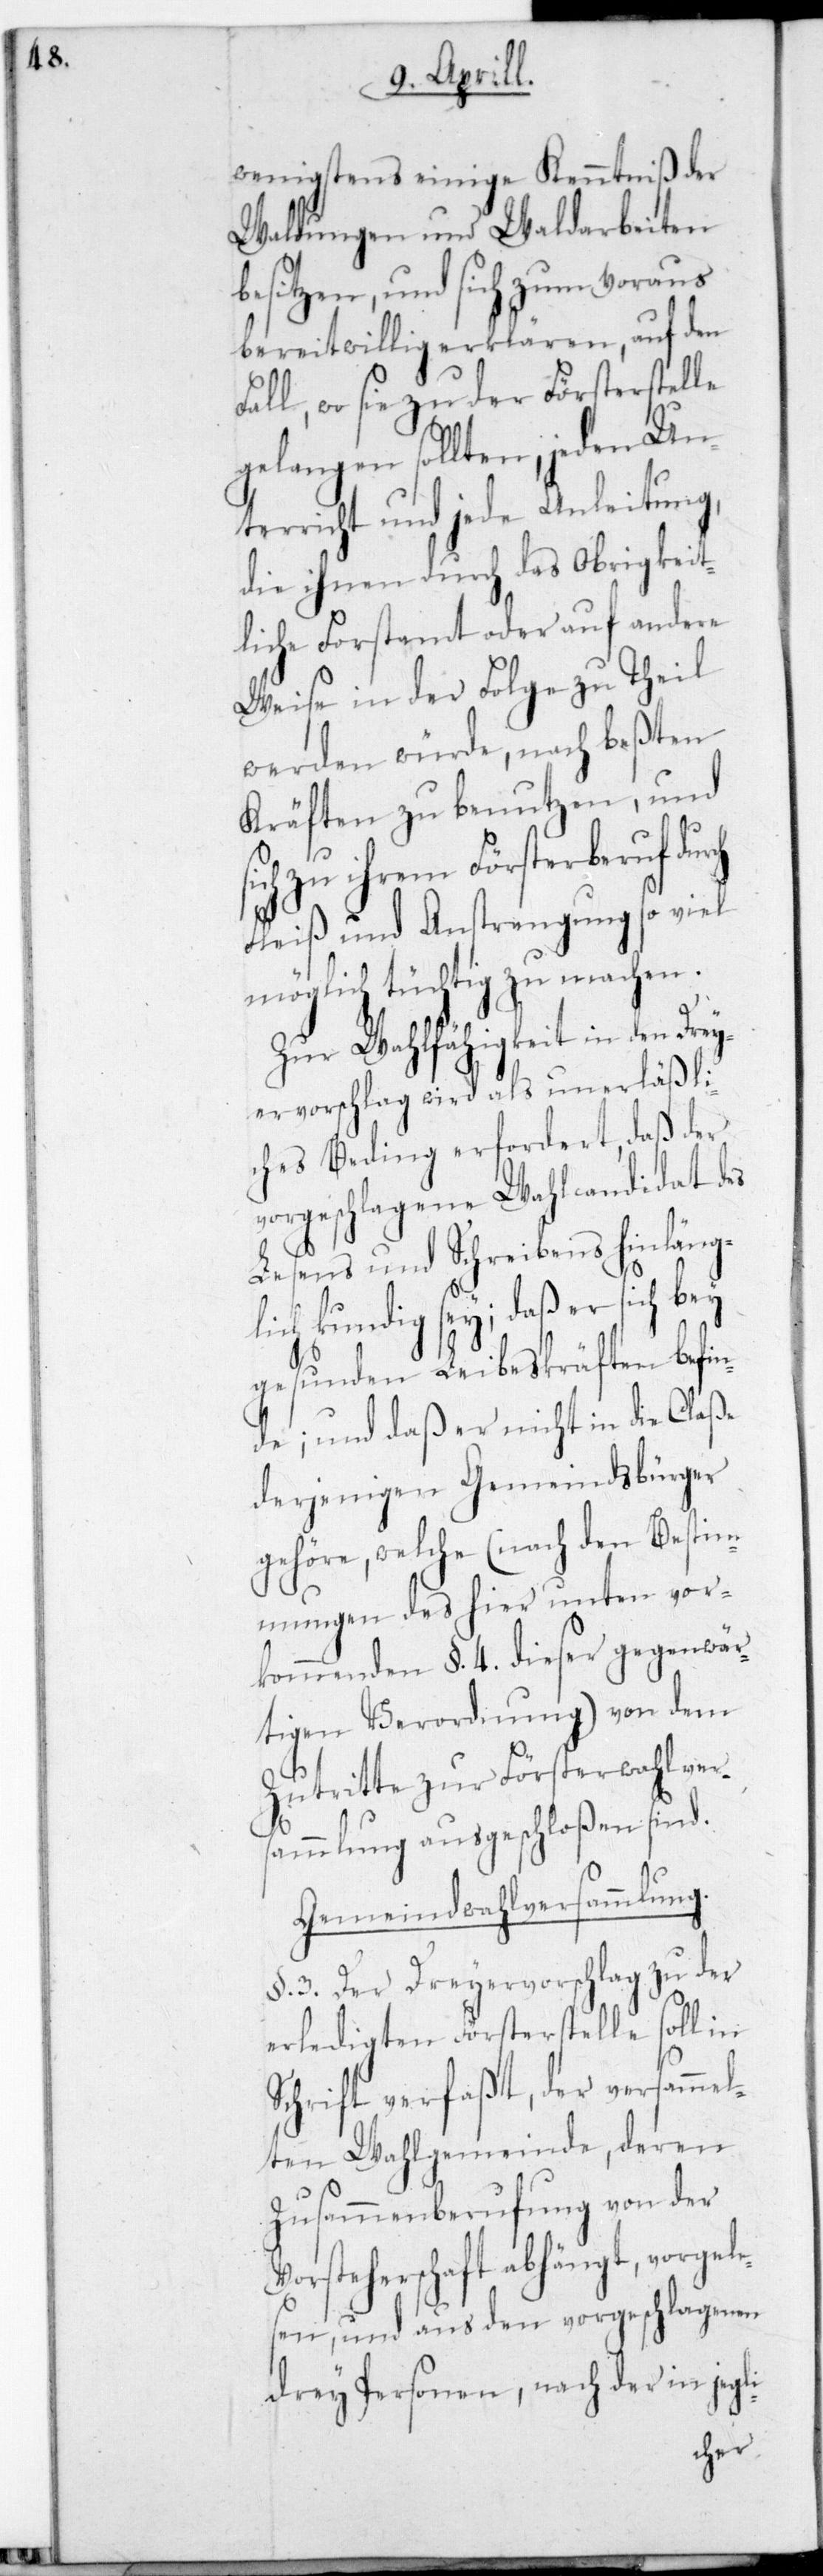
wenigstens einige Kenntniß der
Waldungen und Waldarbeiten
besitzen, und sich zum Voraus
bereitwillig erklären, auf den
Fall, wo sie zu der Försterstelle
gelangen sollten, jeden Un¬
terricht und jede Anleitung,
die ihnen durch das obrigkeit¬
liche Forstamt oder auf andere
Weise in der Folge zu Theil
werden würde, nach beßten
Kräften zu benutzen, und
zu ihrem Försterberuf
Fleiß und Anstrengung so viel
möglich tüchtig zu machen.
Zur Wahlfähigkeit in den Dre¬
yervorschlag wird als unerläßli¬
ches Beding erfordert, daß der
vorgeschlagene Wahlcandidat des
Lesens und Schreibens hinläng¬
lich kundig sey; daß er sich bey
gesunden Leibeskräften befin¬
de; und daß er nicht in die Claße
derjenigen Gemeindsbürger
gehöre, welche (nach den Bestim¬
mungen des hier unter vor¬
kommenden §. 4. dieser gegenwär¬
tigen Verordnung) von dem
Zutritte zur Försterwahlver¬
sammlung ausgeschloßen sind.
Gemeindwahlversammlung.
§. 3. Der Dreyervorschlag zu der
erledigten Försterstelle soll in
Schrift verfaßt, der versammel¬
ten Wahlgemeinde, deren
Zusammenberufung von der
Vorsteherschaft abhängt, vorge¬
lesen und aus den vorgeschlagenen
drey Personen, nach der in